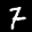
Label: 7